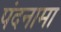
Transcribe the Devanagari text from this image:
पंदनामा